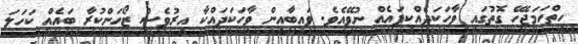
ހިތްހަމަޖެހޭ ގޮތުގައި ވާހަކަދެއްކިފައެއް ނުވޭއެވެ. ވައިބާއިން ވާހަކަދައްކާ އިރުވެސް ޒޯހަންކުރާ ބައެއް ކަހަލަ